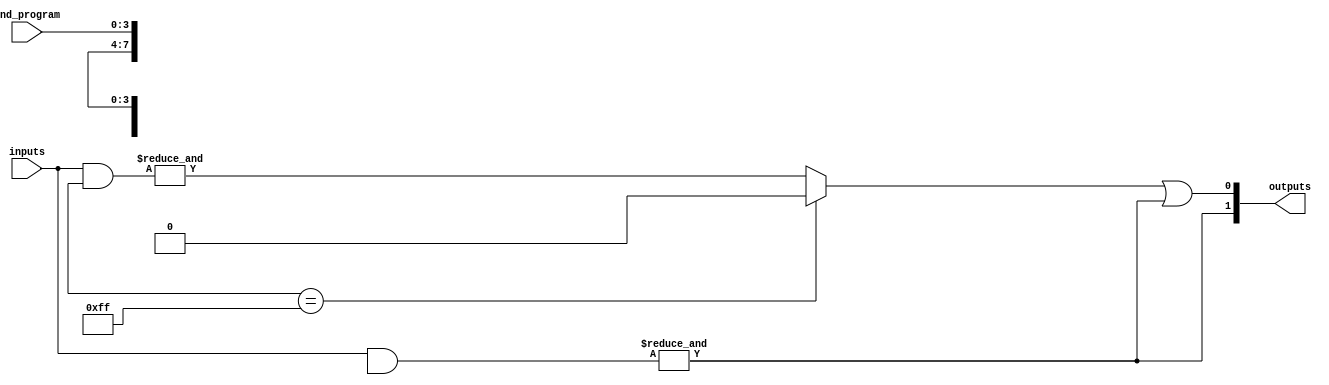
module jewel_pal (
    input  [N-1:0] inputs,      // Inputs to the PAL
    input  [M-1:0] and_program, // Programmable connections for AND gates (1 = connected, 0 = not connected)
    output [P-1:0] outputs      // Outputs from the OR gates
);
    parameter N = 8; // Number of inputs
    parameter M = 4; // Number of AND gates
    parameter P = 2; // Number of OR gates

    // Intermediate signals for AND gate outputs
    wire [M-1:0] and_outputs;

    // Programmable AND gates
    genvar i, j;
    generate
        for (i = 0; i < M; i = i + 1) begin: and_gates
            assign and_outputs[i] = (and_program[i*N +: N] == {N{1'b1}}) ? 1'b0 : 
                                     &({inputs & {and_program[i*N +: N]}}); // ANDing selected inputs
        end
    endgenerate

    // Fixed OR gates
    assign outputs[0] = and_outputs[0] | and_outputs[1]; // OR gate 1 combines outputs of AND gates 0 and 1
    assign outputs[1] = and_outputs[2] | and_outputs[3]; // OR gate 2 combines outputs of AND gates 2 and 3

endmodule